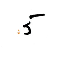
5